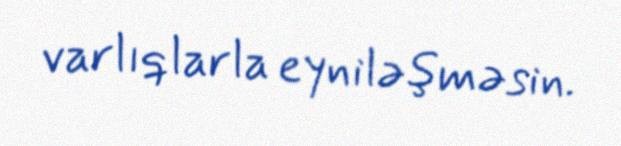
varlıqlarla eyniləşməsin.